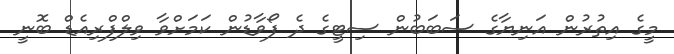
މީގެ އިތުރުން އަނިޔާގެ ސަބަބުން ސިޓީގެ ދެ ފޯވާޑުން ކަމަށްވާ ވިލްފްރިއެޑް ބޮނީ